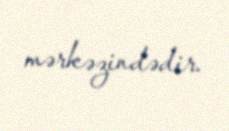
mərkəzindədir.